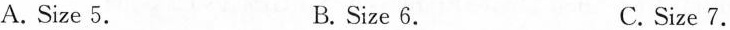
A. Size 5. B. Size 6. C. Size 7.